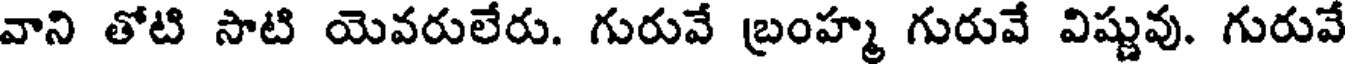
వాని తోటి సాటి యెవరులేరు. గురువే బ్రంహ్మ గురువే విష్ణువు. గురువే